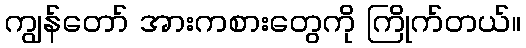
ကျွန်တော် အားကစားတွေကို ကြိုက်တယ်။